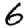
Digit: 6